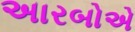
અારબોએ